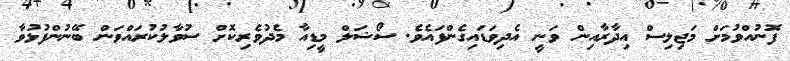
ފޮނުއްވުމަށް މަޖިލިސް އިދާރާއިން ވަނީ އެދިވަޑައިގެންފައެވެ. ސޯޝަލް މީޑިއާ މެދުވެރިކޮށް ސުވާލުކުރައްވަން ބޭނުންފުޅުވާ